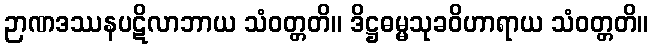
ဉာဏဒဿနပဋိလာဘာယ သံဝတ္တတိ။ ဒိဋ္ဌဓမ္မသုခဝိဟာရာယ သံဝတ္တတိ။